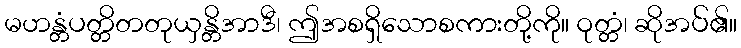
မဟန္တံပတ္တိတတုယှန္တိအာဒီ၊ ဤအစရှိသောစကားတို့ကို။ ဝုတ္တံ၊ ဆိုအပ်၏။